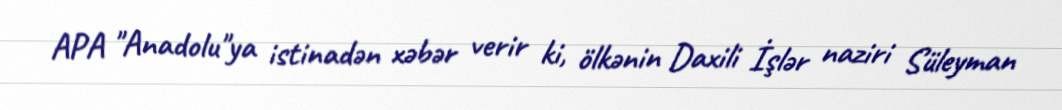
APA "Anadolu"ya istinadən xəbər verir ki, ölkənin Daxili İşlər naziri Süleyman